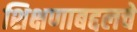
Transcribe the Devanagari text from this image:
शिक्षणाबद्दलचे